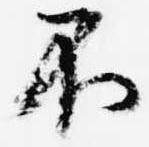
不